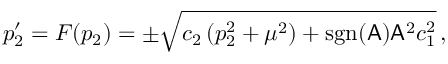
p _ { 2 } ^ { \prime } = F ( p _ { 2 } ) = \pm \sqrt { c _ { 2 } \, ( p _ { 2 } ^ { 2 } + \mu ^ { 2 } ) + \mathrm { s g n } ( \mathsf { A } ) \mathsf { A } ^ { 2 } c _ { 1 } ^ { 2 } } \, ,